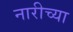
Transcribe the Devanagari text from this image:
नारीच्या